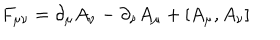
F _ { \mu \nu } = \partial _ { \mu } A _ { \nu } - \partial _ { \nu } A _ { \mu } + [ A _ { \mu } , A _ { \nu } ]